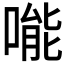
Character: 𠹌